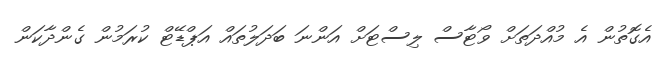
އެގޮތުން އެ މުއްދަތަށް ވޯޓާސް ލިސްޓަށް އަންނަ ބަދަލުތައް އަޕްޑޭޓް ކުރަމުން ގެންދާކަން